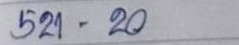
521 - 20